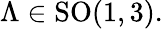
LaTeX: \Lambda\in\mathrm{SO}(1,3).